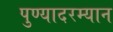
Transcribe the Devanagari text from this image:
पुण्यादरम्यान